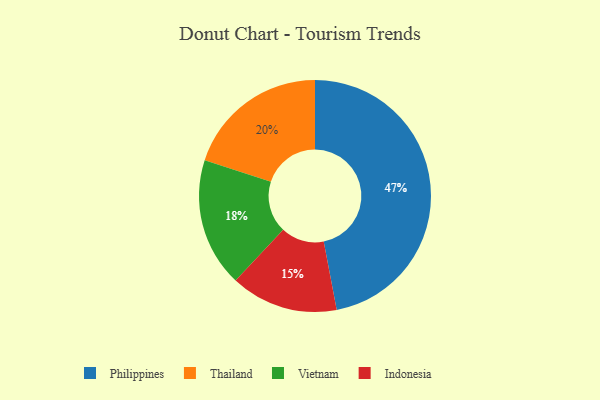
{"axis": {"x": "Category", "y": "Percentage"}, "legend": ["Indonesia", "Philippines", "Thailand", "Vietnam"], "data": [{"x": "Thailand", "y": 20, "type": "Thailand"}, {"x": "Indonesia", "y": 15, "type": "Indonesia"}, {"x": "Vietnam", "y": 18, "type": "Vietnam"}, {"x": "Philippines", "y": 47, "type": "Philippines"}]}